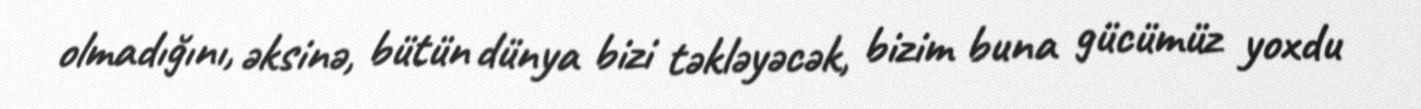
olmadığını, əksinə, bütün dünya bizi təkləyəcək, bizim buna gücümüz yoxdu